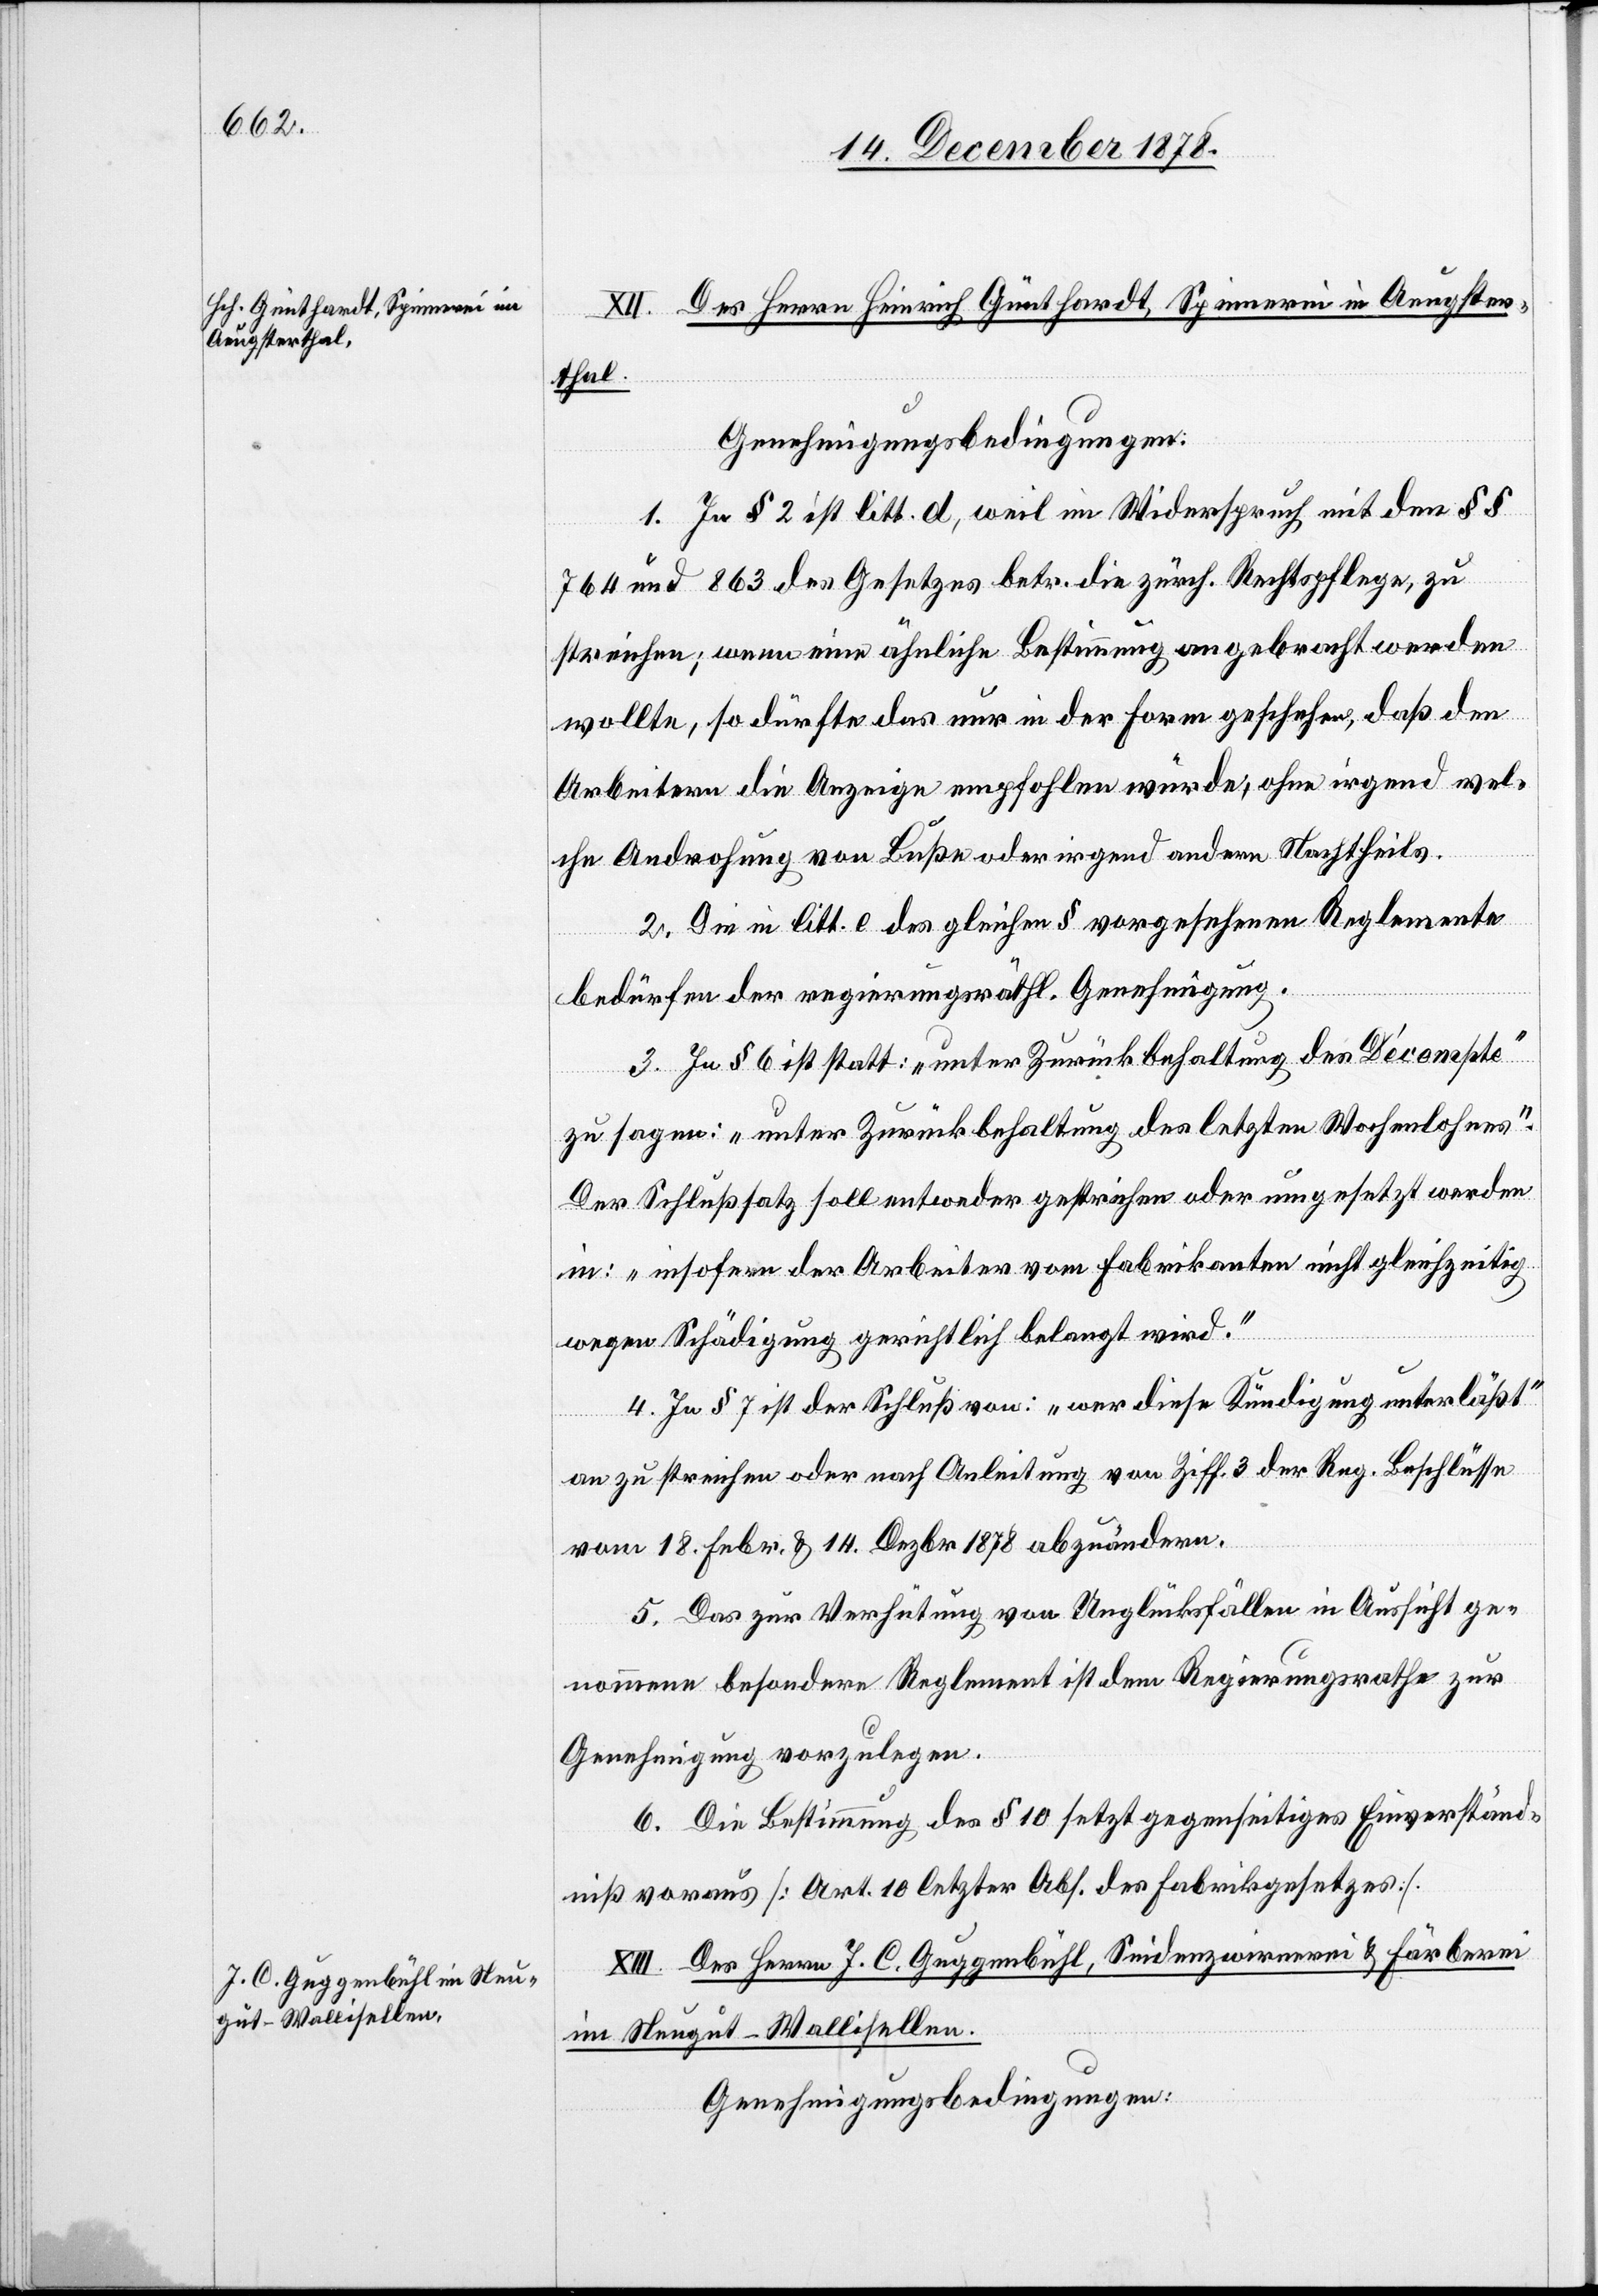
XII. Des Heinrich Günthardt, Spinnerei im Aeugster¬
thal.
1. In § 2 ist litt. d, weil im Widerspruch mit den §§
764 und 863 des Gesetzes betr. die zürch. Rechtspflege, zu
streichen, wenn eine ähnliche Bestimmung angebracht werden
wollte, so dürfte das nur in der Form geschehen, daß den
Arbeitern die Anzeige empfohlen würde, ohne irgend wel¬
che Androhung von Buße oder irgend andern Nachtheils.
2. Die in litt. e des gleichen § vorgesehenen Reglemente
bedürfen der regierungsräthl. Genehmigung.
3. In § 6 ist statt: „unter Zurückbehaltung des Décompte“
zu sagen: „unter Zurückbehaltung des letzten Wochenlohnes“.
Der Schlußsatz soll entweder gestrichen oder umgesetzt werden
in: „insofern der Arbeiter vom Fabrikanten nicht gleichzeitig
wegen Schädigung gerichtlich belangt wird.“
4. In § 7 ist der Schluß von: „wer diese Kündigung unterlässt“
an zu streichen oder nach Anleitung von Ziff. 3 der Reg. Beschlüsse
vom 18. Febr. & 14. Dezbr. 1878 abzuändern.
5. Das zur Verhütung von Unglücksfällen in Aussicht ge¬
nommene besondere Reglement ist dem Regierungsrathe zur
Genehmigung vorzulegen.
6. Die Bestimmung des § 10 setzt gegenseitiges Einverständ¬
niß voraus [Art. 10 letzter Abs. des Fabrikgesetzes].
XIII. Des Herrn J. C. Guggenbühl, Seidenzwirnerei & Färberei
im Neugut - Wallisellen.
Genehmigungsbedingungen: